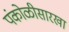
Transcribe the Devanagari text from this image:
पंकोळीसारखा